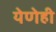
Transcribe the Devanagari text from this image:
येणेही